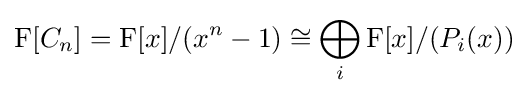
\mathrm {F} [C_{n}]=\mathrm {F} [x]/(x^{n}-1)\cong \bigoplus _{i}\mathrm {F} [x]/(P_{i}(x))